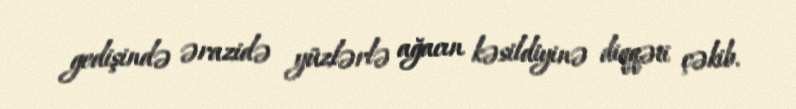
gedişində ərazidə yüzlərlə ağacın kəsildiyinə diqqəti çəkib.